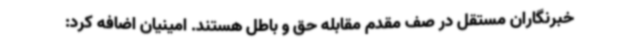
خبرنگاران مستقل در صف مقدم مقابله حق و باطل هستند. امینیان اضافه کرد: